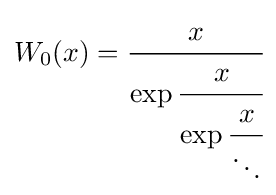
W_{0}(x)={\cfrac {x}{\exp {\cfrac {x}{\exp {\cfrac {x}{\ddots }}}}}}